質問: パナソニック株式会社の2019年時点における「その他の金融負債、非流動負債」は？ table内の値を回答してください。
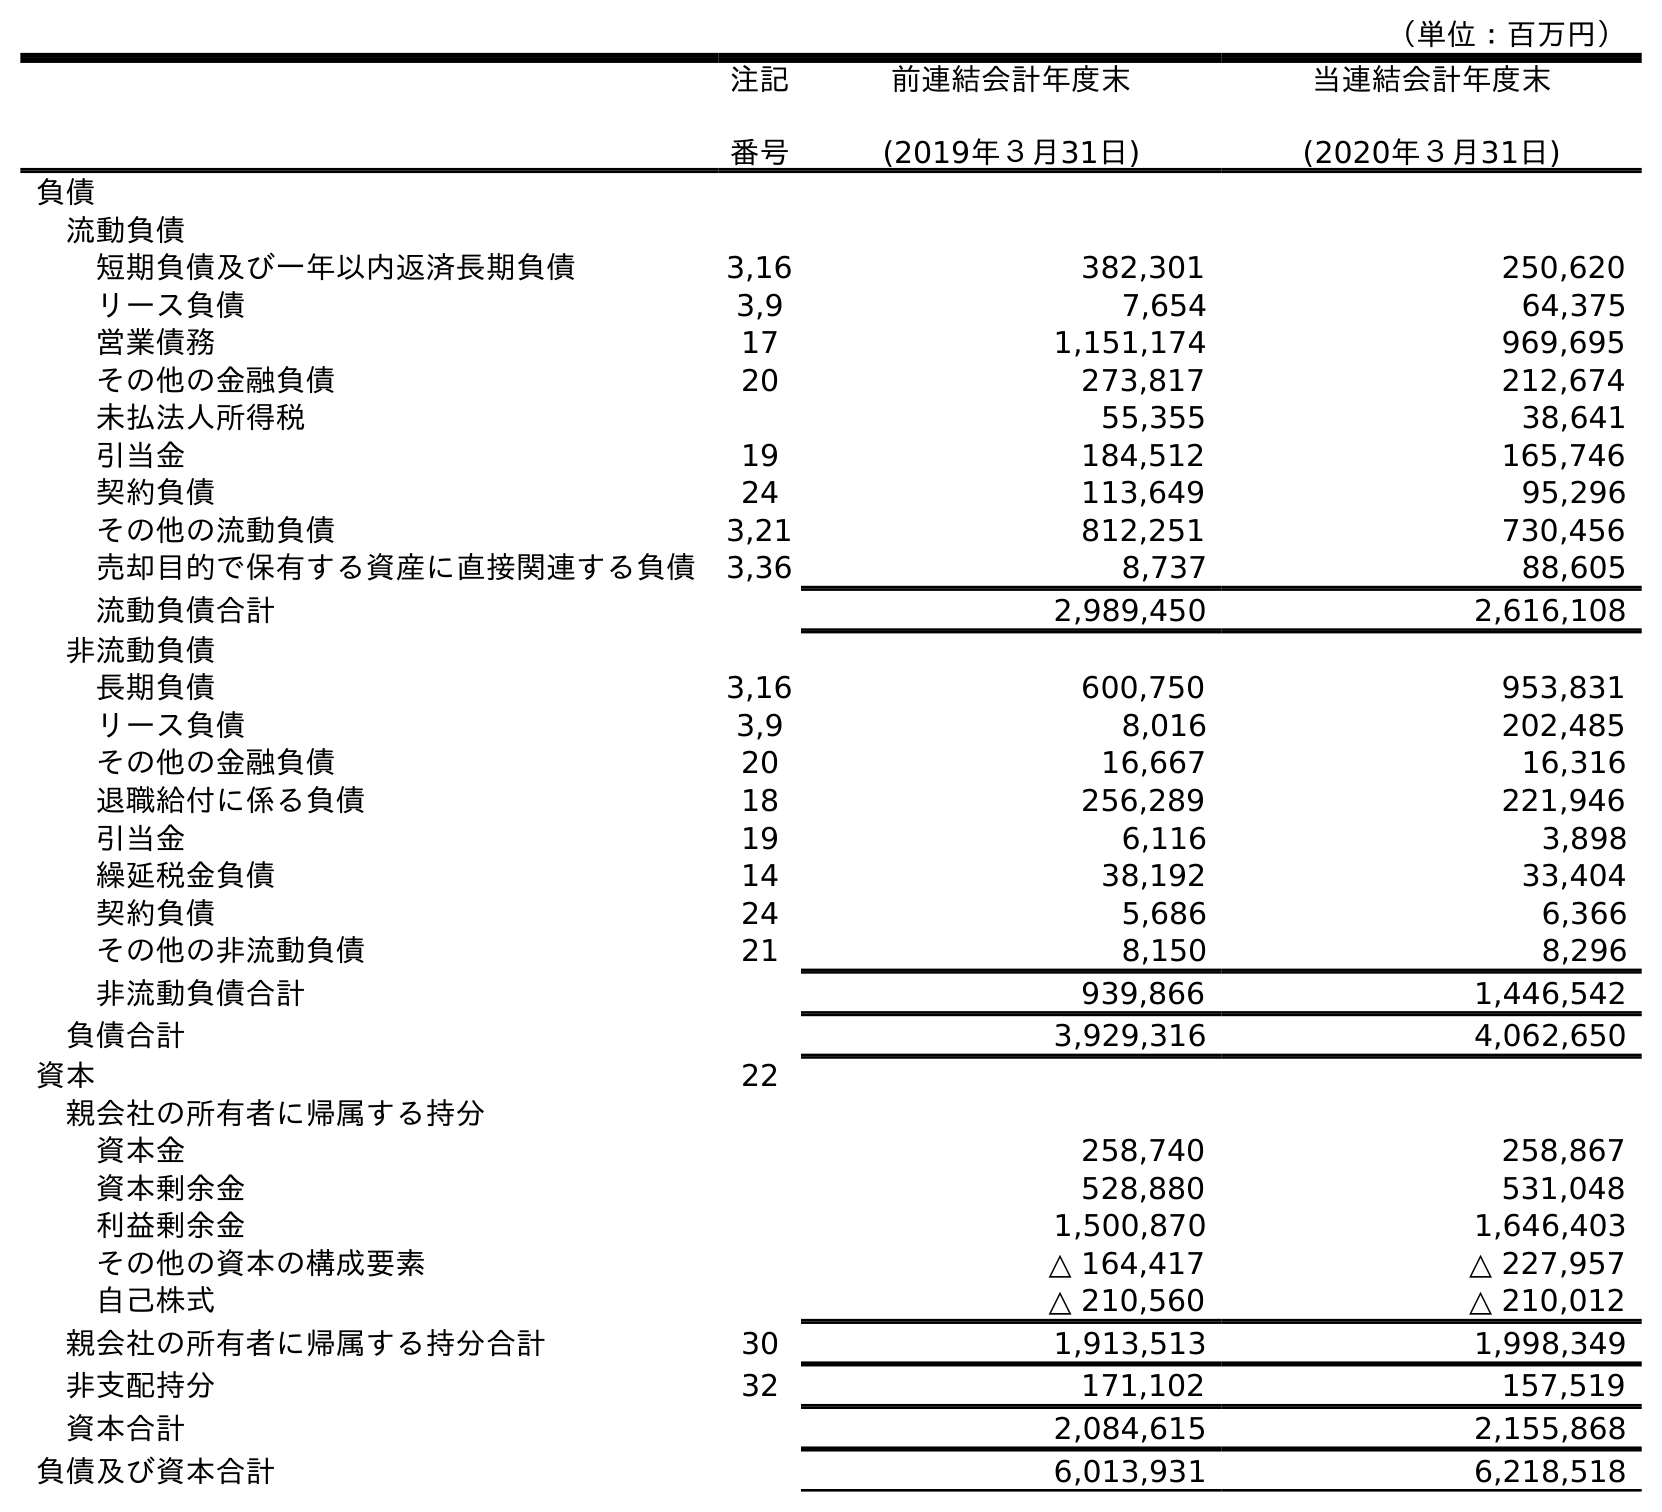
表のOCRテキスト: （単位：百万円） 注記 番号 前連結会計年度末 (2019年３月31日) 当連結会計年度末 (2020年３月31日) 負債 流動負債 短期負債及び一年以内返済長期負債 3,16 382,301 250,620 リース負債 3,9 7,654 64,375 営業債務 17 1,151,174 969,695 その他の金融負債 20 273,817 212,674 未払法人所得税 55,355 38,641 引当金 19 184,512 165,746 契約負債 24 113,649 95,296 その他の流動負債 3,21 812,251 730,456 売却目的で保有する資産に直接関連する負債 3,36 8,737 88,605 流動負債合計 2,989,450 2,616,108 非流動負債 長期負債 3,16 600,750 953,831 リース負債 3,9 8,016 202,485 その他の金融負債 20 16,667 16,316 退職給付に係る負債 18 256,289 221,946 引当金 19 6,116 3,898 繰延税金負債 14 38,192 33,404 契約負債 24 5,686 6,366 その他の非流動負債 21 8,150 8,296 非流動負債合計 939,866 1,446,542 負債合計 3,929,316 4,062,650 資本 22 親会社の所有者に帰属する持分 資本金 258,740 258,867 資本剰余金 528,880 531,048 利益剰余金 1,500,870 1,646,403 その他の資本の構成要素 △ 164,417 △ 227,957 自己株式 △ 210,560 △ 210,012 親会社の所有者に帰属する持分合計 30 1,913,513 1,998,349 非支配持分 32 171,102 157,519 資本合計 2,084,615 2,155,868 負債及び資本合計 6,013,931 6,218,518
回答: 16,667